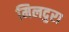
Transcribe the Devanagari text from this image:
मिलदुरा